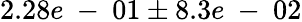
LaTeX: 2.28e\mathrm{~-~}01\pm 8.3e\mathrm{~-~}02